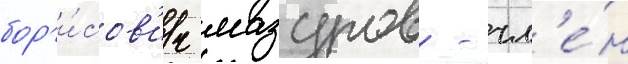
бор'и́сов'ич мазуров - чл'е́н